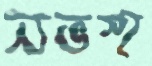
নভস্হ